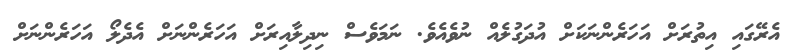
އެރޭގައި އިތުރަށް އަހަރެންނަކަށް އުދަގުލެއް ނުވެއެވެ. ނަމަވެސް ނިދިލާއިރަށް އަހަރެންނަށް އެދެލޯ އަހަރެންނަށް